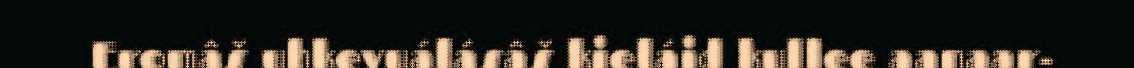
Eromâš uhkevuálásâš kieláid kullee aanaar-